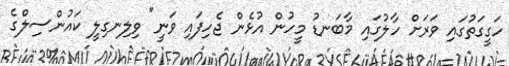
ހަގީގަތުގައި ވަރަށް ހާލުގައި މާބަނޑު މީހުން އުޅެން ޖެހިފައި ވަނީ" ވިލިނގިލީ ކައުންސިލްގެ